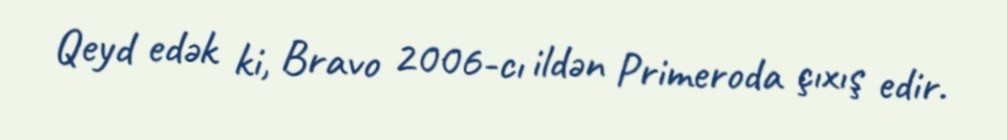
Qeyd edək ki, Bravo 2006-cı ildən Primeroda çıxış edir.